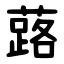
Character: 蕗